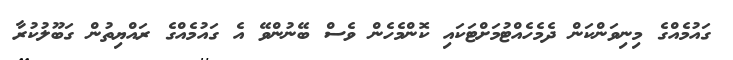
ގައުމެއްގެ މިނިވަންކަން ދެމެހެއްޓުމަށްޓަކައި ކޮންމެހެން ވެސް ބޭނުންވޭ އެ ގައުމެއްގެ ރައްޔިތުން ގަބޫލުކުރާ